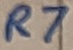
Text: R7